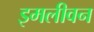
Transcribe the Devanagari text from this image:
इमलीवन